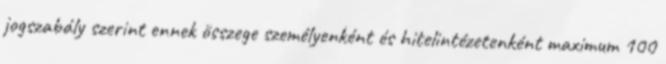
jogszabály szerint ennek összege személyenként és hitelintézetenként maximum 100